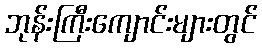
ဘုန်းကြီးကျောင်းများတွင်